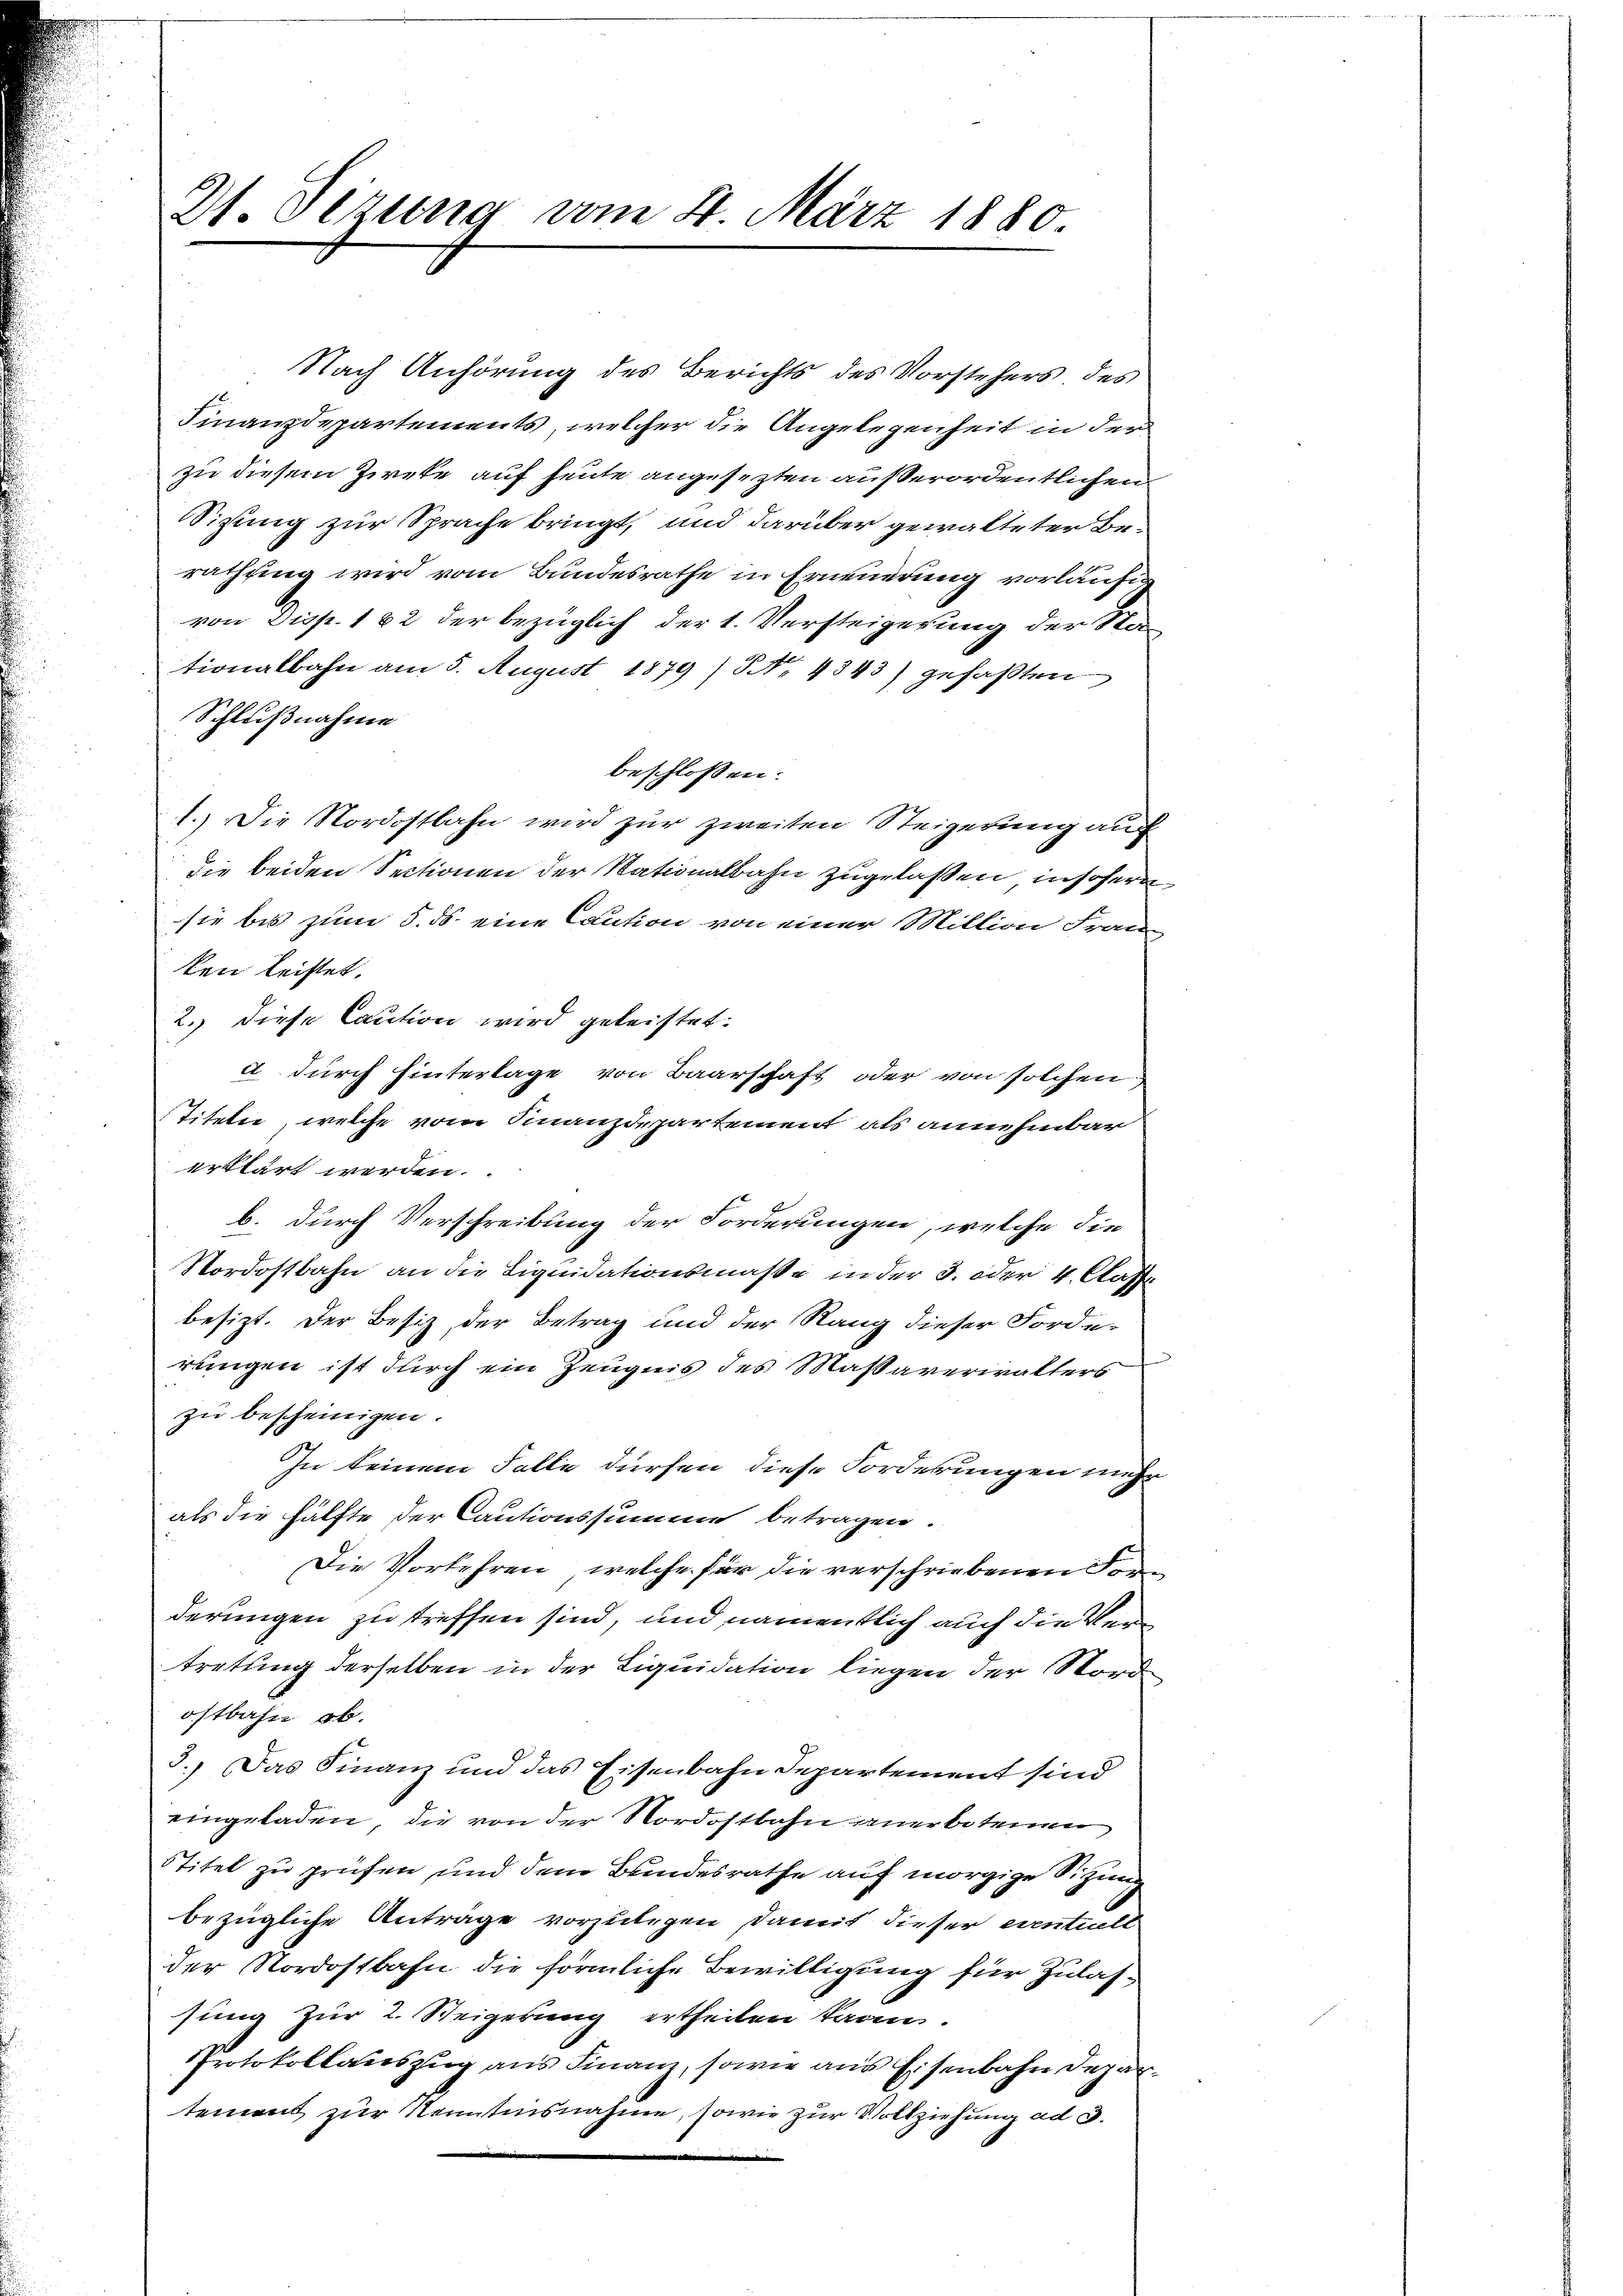
Nach Anhörung des Berichts des Vorstehers, des
Finanzdepartements, welcher die Angelegenheit in der
zu diesem Zieke auf heute angesezten außerordentlichen.
Sizung zur Sprache bringt, und darüber gewalteter Berathung wird vom Bundesrathe in Erneuerung vorläufig
von Disp. 182 der bezüglich der 1. Versteigerung der Sta
tionalbahn am 5. August 1879 / NNo. 4343) gefaßten
Schlußnahme
beschlossen:
1.) Die Nordostbahn wird zur zweiten Steigerung auf
die beiden Sectionen der Nationalbahn zugelaßen, insofern,
sie bis zum 5. ds. eine Caution von einer Million Franz
ken leistet.
2. diese Caution wird geleistet.
a durch hinterlage von Baarschaft oder von solchen
Titeln, welche vom Finanzdepartement als annehmbar
erklärt werden.
b. durch Verschreibung der Forderungen, welche die
Nordostbahn an die Liquidationsmaße in der 3. oder 4. Classe
besitzt. Der Besitz der Betrag und der Rang dieser Forde-
rungen ist durch ein Zeugnis des Maßaverwalters
zu bescheinigen.
In keinem Falle dürfen diese Forderungen mehr
als die Hälfte der Cautionssumme betragen.
Die Vorkehren, welche für die verschriebenen Forderungen zu treffen sind, und namentlich auch die Vertretung derselben in der Liquidation liegen der Nord
ostbahn ob.
3.) Das Finanz und das Eisenbahn Departement sind
eingeladen, die von der Nordostbahn anerbotenen
Stitel zu prüfen und dem Bundesrathe auf morgige Sitzung
bezügliche Anträge vorzulegen, damit dieser eventuell
der Nordostbahn die förmliche Bewilligung für Zulassung zur 2. Steigerung ertheilen kann.
PProtokollauszug aus Finanz, sowie aus Eisenbahn Departement zur Kenntnisnahme, sowie zur Vollziehung ad 3.

D1. Seizung vom 4. März 1880.